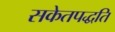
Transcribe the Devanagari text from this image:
सकेतपद्धति